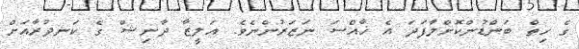
ގެ ހިތް ބަންޑުންކޮށްލާފަދަ އެ ޚާއްސަ ނަޒަރުންނެވެ. އަލީޒާ ދާނިޝް ގެ ކަނދުރާއަށް